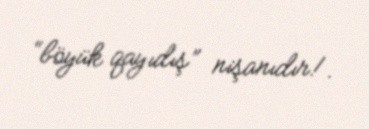
“böyük qayıdış” nişanıdır!.